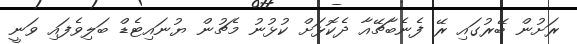
ރަށުން ބޭރުގައި ރޭ ފެނެބާޗޭއާ ދެކޮޅަށް ކުޅުނު މެޗުން ޔުނައިޓެޑް ބަލިވެފައި ވަނީ